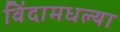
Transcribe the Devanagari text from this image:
विंदामधल्या